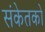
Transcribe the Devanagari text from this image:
संकेतको